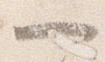
一